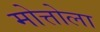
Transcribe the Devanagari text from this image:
मोत्तोला